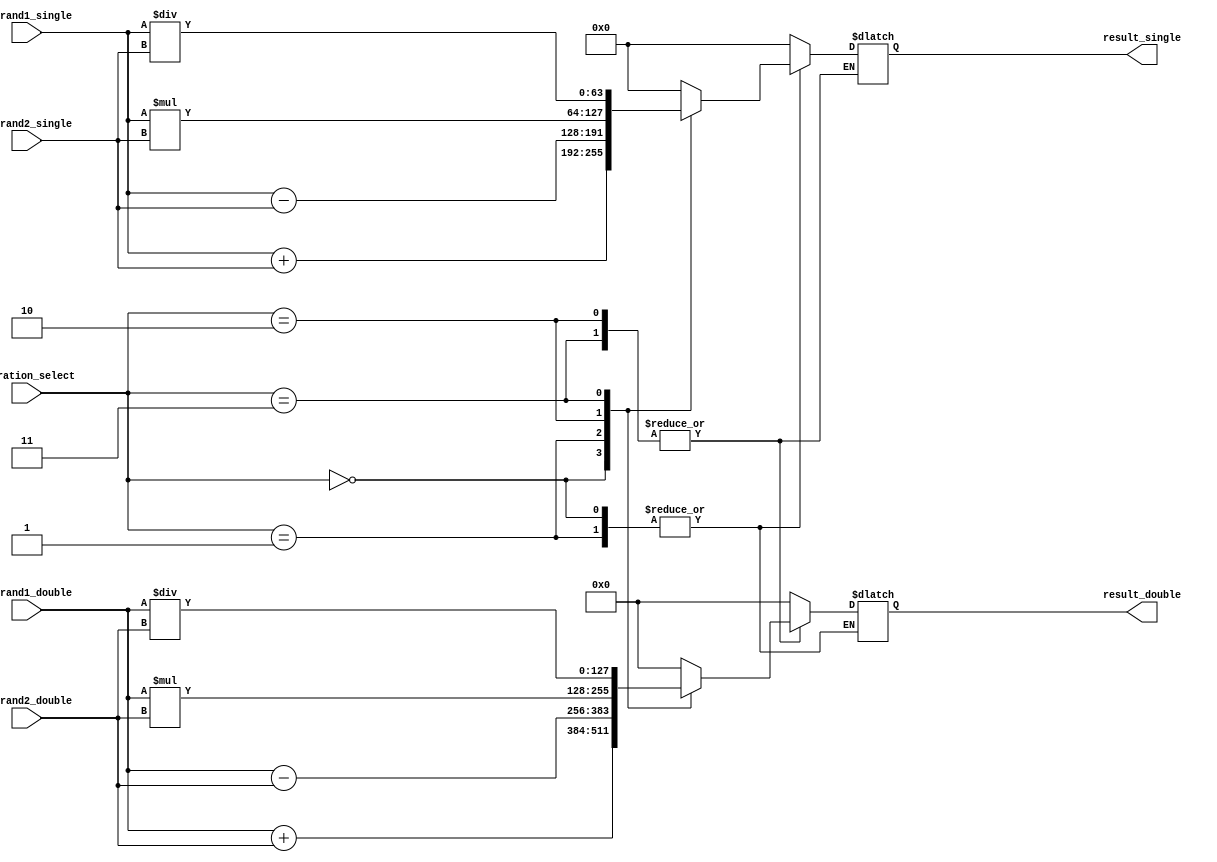
module mixed_precision_fpu (
    input wire [63:0] operand1_single,
    input wire [63:0] operand2_single,
    input wire [127:0] operand1_double,
    input wire [127:0] operand2_double,
    
    input wire [2:0] operation_select, // 0: addition, 1: subtraction, 2: multiplication, 3: division
    
    output reg [63:0] result_single,
    output reg [127:0] result_double
);

// Datapath for processing the input operands
reg [63:0] temp_single;
reg [127:0] temp_double;

always @(*) begin
    case(operation_select)
        0: temp_single = operand1_single + operand2_single;
        1: temp_single = operand1_single - operand2_single;
        2: temp_single = operand1_single * operand2_single;
        3: temp_single = operand1_single / operand2_single;
        default: temp_single = 0;
    endcase

    case(operation_select)
        0: temp_double = operand1_double + operand2_double;
        1: temp_double = operand1_double - operand2_double;
        2: temp_double = operand1_double * operand2_double;
        3: temp_double = operand1_double / operand2_double;
        default: temp_double = 0;
    endcase
end

// Control unit for managing the operations
always @(*) begin
    case(operation_select)
        0, 1: result_single = temp_single;
        2, 3: result_double = temp_double;
        default: begin
            result_single = 0;
            result_double = 0;
        end
    endcase
end

endmodule